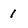
Character: 1